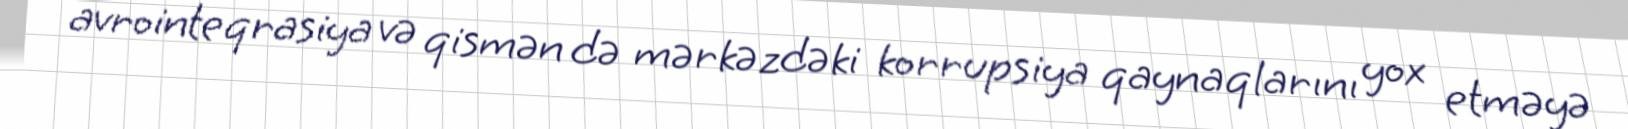
avrointeqrasiya və qismən də mərkəzdəki korrupsiya qaynaqlarını yox etməyə